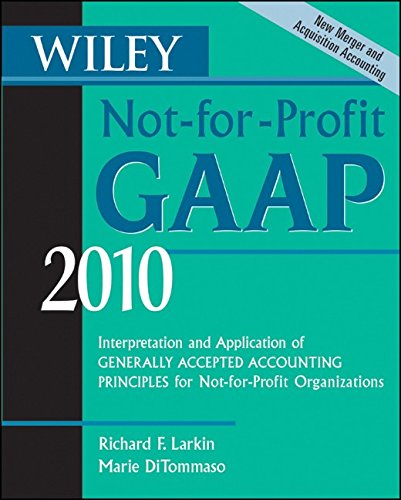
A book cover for Wiley Not-for-Profit GAAP 2010: Interpretation and Application of Generally Accepted Accounting Principles (Wiley Not-For-Profit GAAP: Interpretation ... of GenerallyAccepted Accounting Principles); Richard F. Larkin; Business & Money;